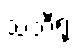
သဘီရု